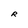
Character: R